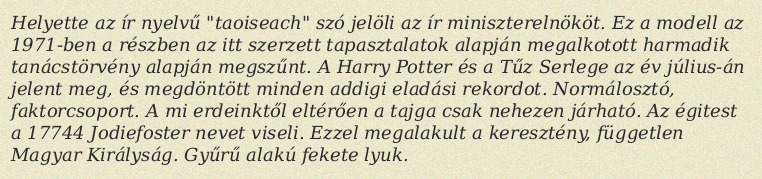
Helyette az ír nyelvű "taoiseach" szó jelöli az ír miniszterelnököt. Ez a modell az 1971-ben a részben az itt szerzett tapasztalatok alapján megalkotott harmadik tanácstörvény alapján megszűnt. A Harry Potter és a Tűz Serlege az év július-án jelent meg, és megdöntött minden addigi eladási rekordot. Normálosztó, faktorcsoport. A mi erdeinktől eltérően a tajga csak nehezen járható. Az égitest a 17744 Jodiefoster nevet viseli. Ezzel megalakult a keresztény, független Magyar Királyság. Gyűrű alakú fekete lyuk.